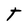
Character: T